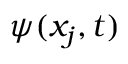
\boldsymbol { \psi } ( x _ { j } , t )